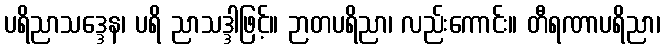
ပရိညာသဒ္ဒေန၊ ပရိ ညာသဒ္ဒါဖြင့်။ ဉာတပရိညာ၊ လည်းကောင်း။ တီရဏာပရိညာ၊